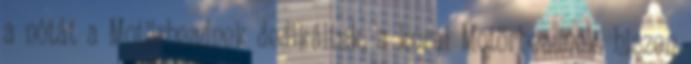
a nótát a Motörheadnek dedikáltuk, a korai Motörheadnek, hiszen